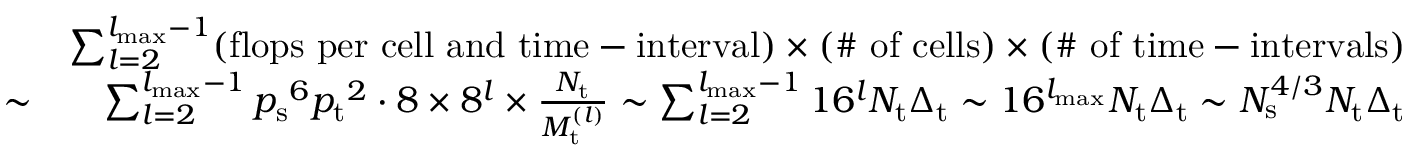
\begin{array} { r l r } & { } & { \sum _ { l = 2 } ^ { { l _ { { \mathrm { m a x } } } } - 1 } ( \mathrm { f l o p s ~ p e r ~ c e l l ~ a n d ~ t i m e - i n t e r v a l } ) \times ( \mathrm { \# ~ o f ~ c e l l s } ) \times ( \mathrm { \# ~ o f ~ t i m e - i n t e r v a l s } ) } \\ & { \sim } & { \sum _ { l = 2 } ^ { { l _ { { \mathrm { m a x } } } } - 1 } { p _ { \mathrm { s } } } ^ { 6 } { p _ { \mathrm { t } } } ^ { 2 } \cdot 8 \times 8 ^ { l } \times \frac { N _ { \mathrm { t } } } { M _ { \mathrm { t } } ^ { ( l ) } } \sim \sum _ { l = 2 } ^ { { l _ { { \mathrm { m a x } } } } - 1 } 1 6 ^ { l } N _ { \mathrm { t } } \Delta _ { \mathrm { t } } \sim 1 6 ^ { l _ { { \mathrm { m a x } } } } N _ { \mathrm { t } } \Delta _ { \mathrm { t } } \sim N _ { \mathrm { s } } ^ { 4 / 3 } N _ { \mathrm { t } } \Delta _ { \mathrm { t } } } \end{array}